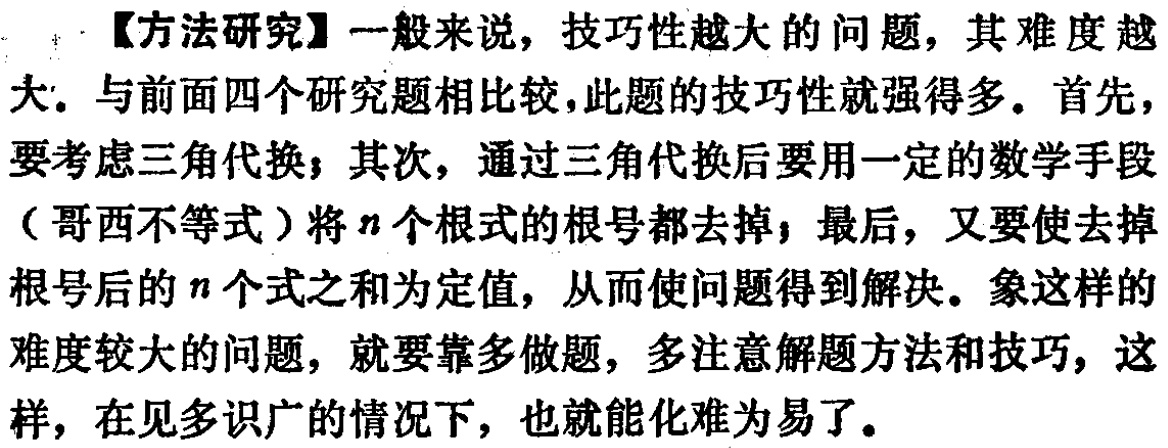
【方法研究】一般来说，技巧性越大的问题，其难度越大. 与前面四个研究题相比较，此题的技巧性就强得多。首先，要考虑三角代换；其次，通过三角代换后要用一定的数学手段（哥西不等式）将\(n\)个根式的根号都去掉；最后，又要使去掉根号后的\(n\)个式之和为定值，从而使问题得到解决。象这样的难度较大的问题，就要靠多做题，多注意解题方法和技巧，这样，在见多识广的情况下，也就能化难为易了。